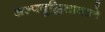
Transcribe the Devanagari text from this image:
अल्पबुद्धितावाले